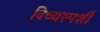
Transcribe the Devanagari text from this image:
दिव्यस्पर्शी